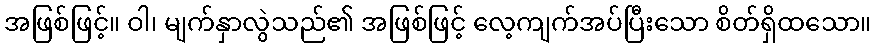
အဖြစ်ဖြင့်။ ဝါ၊ မျက်နှာလွဲသည်၏ အဖြစ်ဖြင့် လေ့ကျက်အပ်ပြီးသော စိတ်ရှိထသော။